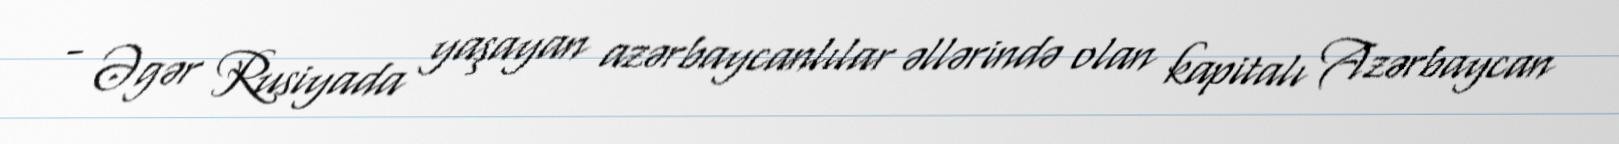
- Əgər Rusiyada yaşayan azərbaycanlılar əllərində olan kapitalı Azərbaycan